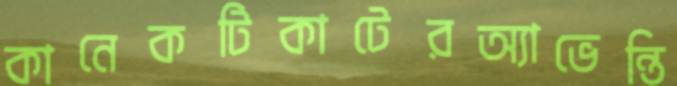
কানেকটিকাটেরঅ্যাভেন্তি